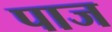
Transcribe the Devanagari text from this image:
पाज